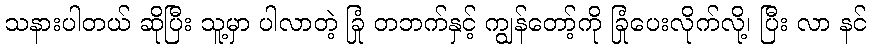
သနားပါတယ် ဆိုပြီး သူ့မှာ ပါလာတဲ့ ခြုံ တဘက်နှင့် ကျွန်တော့်ကို ခြုံပေးလိုက်လို့၊ ပြီး လာ နင်